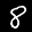
Label: 8